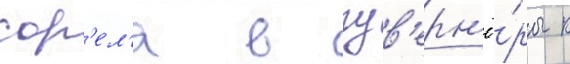
сор'ел'я в гув'ерн'ё́ры к